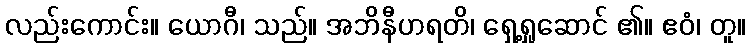
လည်းကောင်း။ ယောဂီ၊ သည်။ အဘိနီဟရတိ၊ ရှေ့ရှုဆောင် ၏။ ဧဝံ၊ တူ။